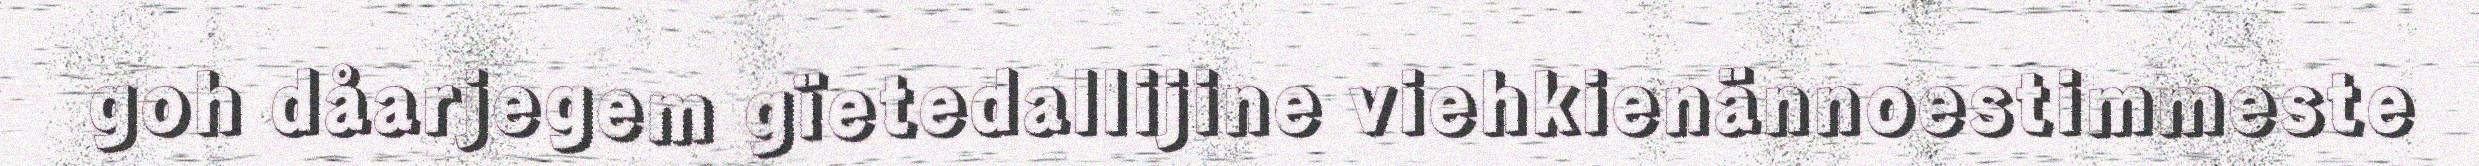
goh dåarjegem gïetedallijine viehkienännoestimmeste